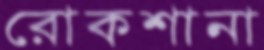
রোকশানা